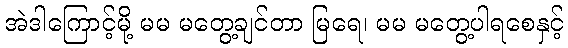
အဲဒါကြောင့်မို့ မမ မတွေ့ချင်တာ မြရေ၊ မမ မတွေ့ပါရစေနှင့်